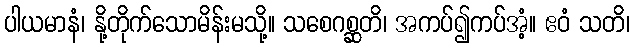
ပါယမာနံ၊ နို့တိုက်သောမိန်းမသို့။ သစေဂစ္ဆတိ၊ အကပ်၍ကပ်အံ့။ ဧဝံ သတိ၊